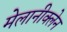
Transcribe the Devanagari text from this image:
मेलानीक्लेन